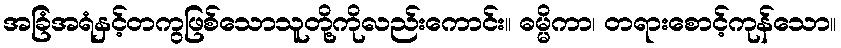
အခြံအရံနှင့်တကွဖြစ်သောသူတို့ကိုလည်းကောင်း။ ဓမ္မိကာ၊ တရားစောင့်ကုန်သော။